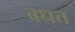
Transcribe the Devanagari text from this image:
बधत